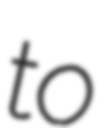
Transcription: to